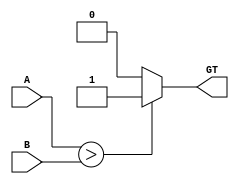
`timescale 1ns / 1ps
module CMP(A, B, GT    );
parameter data_width=4;
input wire [data_width-1:0] A,B;
output reg GT;

always@(*)
begin
   //(A>B) ? GT=1 : GT=0;
   if(A>B) GT=1;
   else GT=0;
end
endmodule